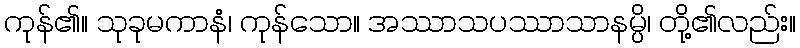
ကုန်၏။ သုခုမကာနံ၊ ကုန်သော။ အဿာသပဿာသာနမ္ပိ၊ တို့၏လည်း။